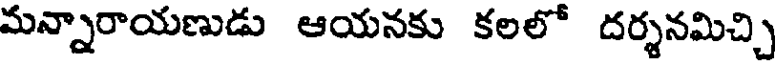
మన్నారాయణుడు ఆయనకు కలలో దర్శనమిచ్చి